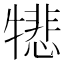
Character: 𪺵